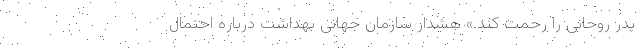
پدر روحانی را رحمت کند.» هشدار سازمان جهانی بهداشت درباره احتمال